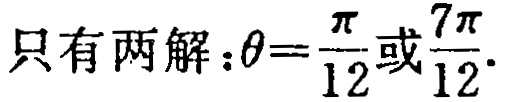
只有两解：\(\theta=\frac{\pi}{12}\)或\(\frac{7\pi}{12}\).